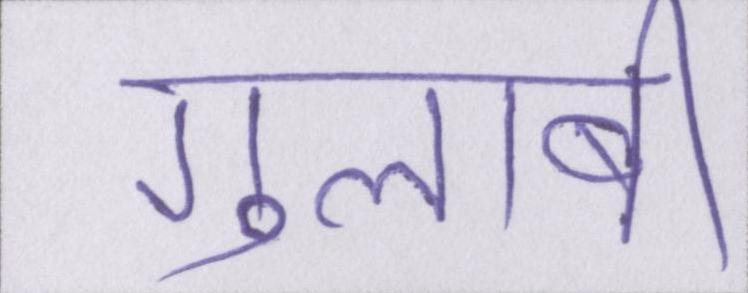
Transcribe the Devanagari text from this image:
गुलाबी